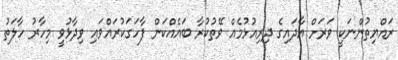
ރައްޔިތުންނަކީ ވަރަށް އާދައިގެ ދިރިއުޅުމެއް ވޭތުކުރާ ބައެއްކަން ފާހަގަކުރައްވައި ވިދާޅުވީ މިހާރު ހާލަތު